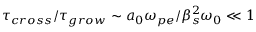
\tau _ { c r o s s } / \tau _ { g r o w } \sim a _ { 0 } \omega _ { p e } / \beta _ { s } ^ { 2 } \omega _ { 0 } \ll 1